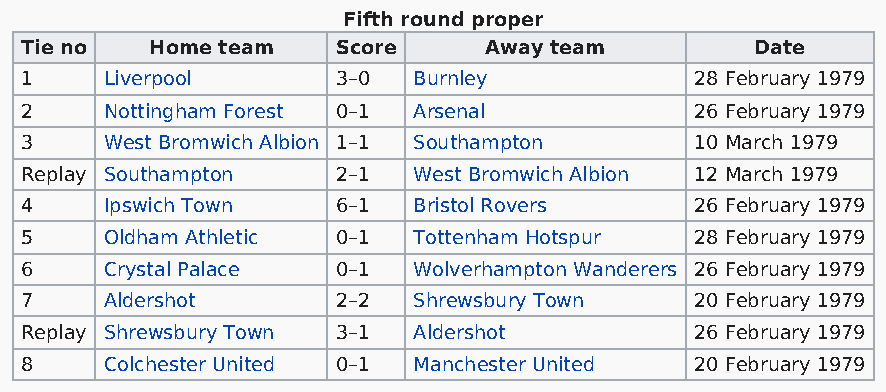
Fifth round proper
 Tie no   Home team   Score     Away team         Date
 1     Liverpool      3–0  Burnley            28 February 1979
 2     Nottingham Forest 0–1 Arsenal          26 February 1979
 3     West Bromwich Albion 1–1 Southampton   10 March 1979
 Replay Southampton   2–1  West Bromwich Albion 12 March 1979
 4     Ipswich Town   6–1  Bristol Rovers     26 February 1979
 5     Oldham Athletic 0–1 Tottenham Hotspur  28 February 1979
 6     Crystal Palace 0–1  Wolverhampton Wanderers 26 February 1979
 7     Aldershot      2–2  Shrewsbury Town    20 February 1979
 Replay Shrewsbury Town 3–1 Aldershot         26 February 1979
 8     Colchester United 0–1 Manchester United 20 February 1979